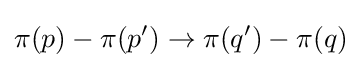
\pi (p)-\pi (p')\rightarrow \pi (q')-\pi (q)